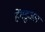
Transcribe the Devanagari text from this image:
हेंगडुआन